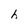
Character: h